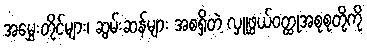
အမွှေးတိုင်များ၊ ဆွမ်းဆန်များ အစရှိတဲ့ လှူဖွယ်ဝတ္ထုအစုစုတို့ကို